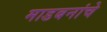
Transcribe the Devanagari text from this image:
माडबनांचे